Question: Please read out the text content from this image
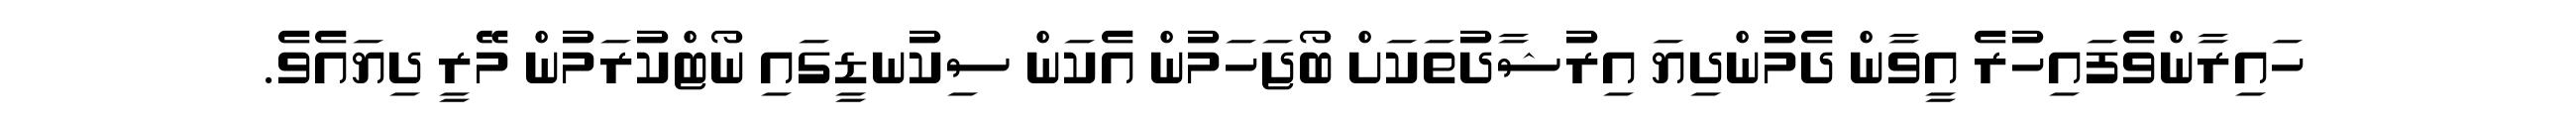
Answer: ހައިރާންވެފައިހުރެ އީވާން ދެމުންދިޔަ އިރުޝާދުތަކަށް ބޯޖަހަމުން އެކަން ސިކުނޑީގައި ނޯޓްކުރަމުން މޭރީ ދިޔައެވެ.